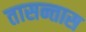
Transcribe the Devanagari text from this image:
तासन्तास